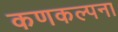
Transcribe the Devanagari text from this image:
कणकल्पना